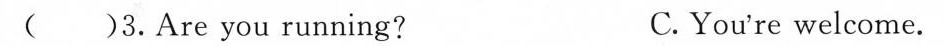
( )3.Are you running? C. You're welcome.